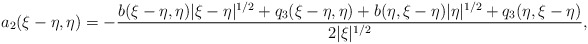
\begin{align*} a_{2}(\xi-\eta, \eta) = -\frac{b(\xi-\eta,\eta)|\xi-\eta|^{1/2} + q_{3}(\xi-\eta, \eta)+b(\eta,\xi-\eta)|\eta|^{1/2} + q_{3}(\eta,\xi- \eta)}{2|\xi|^{1/2}} ,\end{align*}